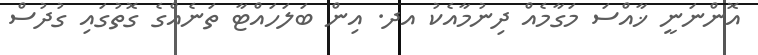
އޮންނަނީ ޚާއްސަ މަގާމެއް ދިނުމާއެކު އދ. އިން ބަލަހައްޓާ ތަނެއްގެ ގޮތުގައި ގުދުސް